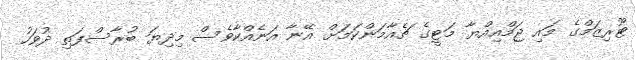
ޓޫރިޒަމްގެ މައި ޖަމްއިއްޔާ މަޓީގެ ޗެއާމަންކަމަށް އޭނާ އަނެއްކާވެސް މިދިޔަ ބުރާސްފަތި ދުވަހު